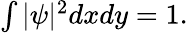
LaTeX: \begin{array}{r}{\int|\psi|^{2}dxdy=1.}\end{array}